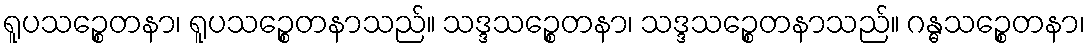
ရူပသဉ္စေတနာ၊ ရူပသဉ္စေတနာသည်။ သဒ္ဒသဉ္စေတနာ၊ သဒ္ဒသဉ္စေတနာသည်။ ဂန္ဓသဉ္စေတနာ၊